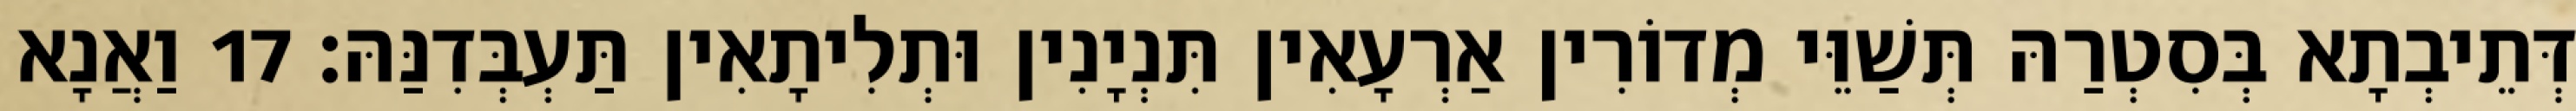
דְּתֵיבְתָא בְּסִטְרַהּ תְּשַׁוֵּי מְדוֹרִין אַרְעָאִין תִּנְיָנִין וּתְלִיתָאִין תַּעְבְּדִנַּהּ׃ 17 וַאֲנָא